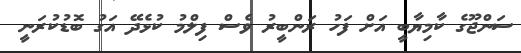
ސަންޖޫގެ ކާމިޔާބީ އަށް ފަހު ރަންބީރު ވެސް ފިލްމު ކުޅެދޭ އަގު ބޮޑުކުރަނީ